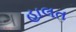
હાલત